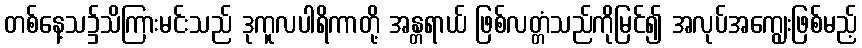
တစ်နေ့သ၌သိကြားမင်းသည် ဒုကူလပါရိကာတို့ အန္တရာယ် ဖြစ်လတ္တံသည်ကိုမြင်၍ အလုပ်အကျွေးဖြစ်မည့်